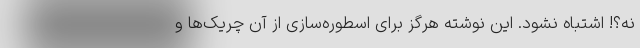
نه؟! اشتباه نشود. این نوشته هرگز برای اسطوره‌سازی از آن چریک‌ها و